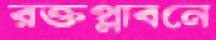
রক্তপ্লাবনে